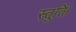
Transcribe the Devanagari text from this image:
स्तुति।